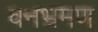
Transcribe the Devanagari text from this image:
वनभ्रमण